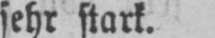
sehr stark.